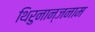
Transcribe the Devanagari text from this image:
थिरुनान्जनाम